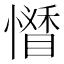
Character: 𢣊